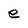
Character: e